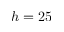
h = 2 5